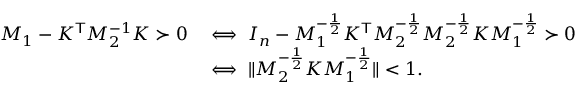
\begin{array} { r l } { M _ { 1 } - K ^ { \mathsf { T } } M _ { 2 } ^ { - 1 } K \succ 0 } & { \iff I _ { n } - M _ { 1 } ^ { - \frac 1 2 } K ^ { \mathsf { T } } M _ { 2 } ^ { - \frac 1 2 } M _ { 2 } ^ { - \frac 1 2 } K M _ { 1 } ^ { - \frac 1 2 } \succ 0 } \\ { } & { \iff \| M _ { 2 } ^ { - \frac 1 2 } K M _ { 1 } ^ { - \frac 1 2 } \| < 1 . } \end{array}